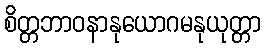
စိတ္တဘာဝနာနုယောဂမနုယုတ္တာ